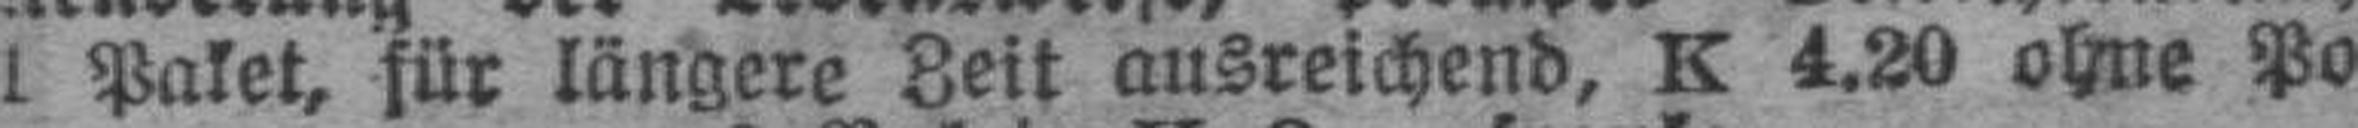
1 Paket, für längere Zeit ausreichend, K 4.20 ohne Po###